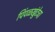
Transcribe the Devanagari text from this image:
पिंपळखुंटेचा